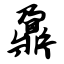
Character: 鼐